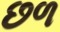
છળ